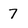
Character: 7